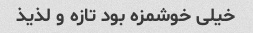
خیلی خوشمزه بود تازه و لذیذ